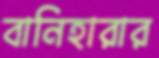
বানিহারার